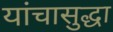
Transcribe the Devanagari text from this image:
यांचासुद्धा